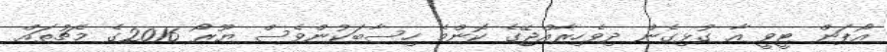
އޯޕަން ޓީވީ އާ ގުޅިގެން ދިވެހިރާއްޖޭގެ ކޮންމެ ހިސާބަކުންވެސް ޔޫރޯ 2016ގެ މެޗުތައް